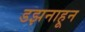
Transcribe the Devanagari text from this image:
डझनाहून